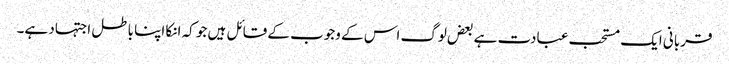
قربانی ایک مستحب عبادت ہے بعض لوگ اس کے وجوب کے قائل ہیں جو کہ انکا اپنا باطل اجتہاد ہے۔